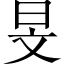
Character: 旻